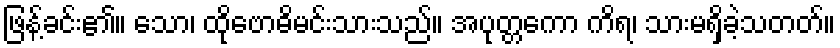
ဖြန့်ခင်း၏။ သော၊ ထိုဗောဓိမင်းသားသည်။ အပုတ္တကော ကိရ၊ သားမရှိခဲ့သတတ်။